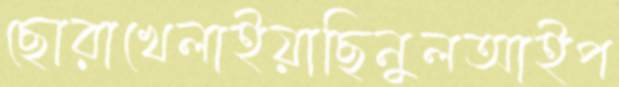
ছোরাখেলাইয়াছিনুলআইপ